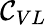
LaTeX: \mathcal{C}_{VL}